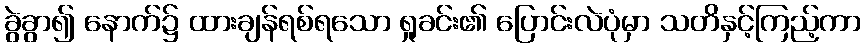
ခွဲခွာ၍ နောက်၌ ထားချန်ရစ်ရသော ရှုခင်း၏ ပြောင်းလဲပုံမှာ သတိနှင့်ကြည့်ကာ